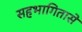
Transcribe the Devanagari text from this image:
सहभागितासे